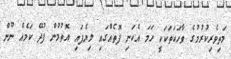
މަތިވެރިކުރުމުގެ ވާހަކަތަކަކީ ހަމަ އެކަނި ފޮތެއްގައި ލިޔެފައި އޮތުމުން ފުދޭ ކަމެއް ނޫން